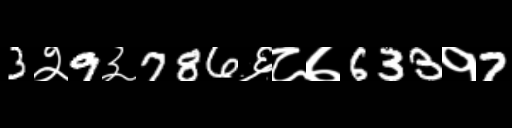
Text: 3२9३786६८७633१7